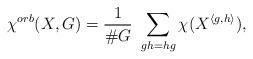
LaTeX: \begin{align*}\chi^{orb}(X,G) = \frac{1}{\# G}\,\, \sum_{gh=hg} \chi(X^{\langle g, h\rangle}),\end{align*}